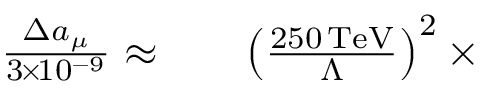
\begin{array} { r l r } { \frac { \Delta a _ { \mu } } { 3 \! \times \! 1 0 ^ { - 9 } } \approx } & { { } } & { \left( \frac { 2 5 0 \, \mathrm { T e V } } { \Lambda } \right) ^ { 2 } \times } \end{array}